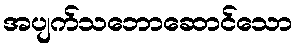
အပျက်သဘောဆောင်သော